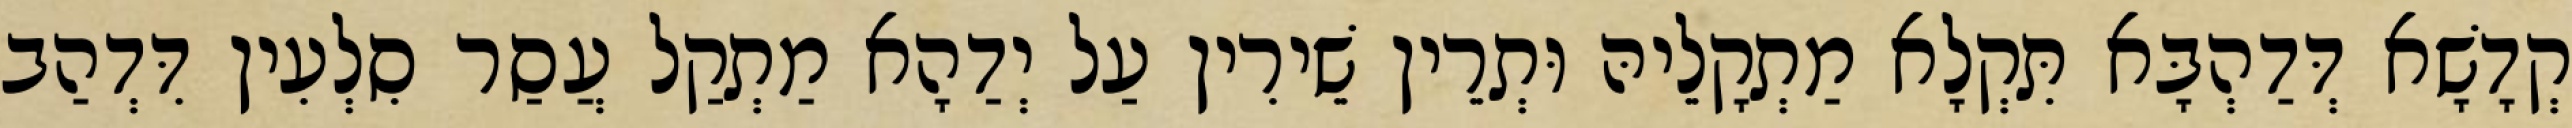
קְדָשָׁא דְּדַהְבָּא תִּקְלָא מַתְקָלֵיהּ וּתְרֵין שֵׁירִין עַל יְדַהָא מַתְקַל עֲסַר סִלְעִין דִּדְהַב